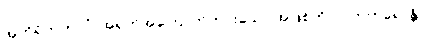
အဟိရိကဘာဝံ၊ အရှက်အကြောက်ကင်းသော အဖြစ်ကို။ ပါတုကရောန္တိ၊